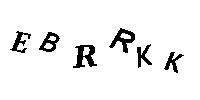
EBRRKK